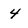
Character: 4